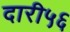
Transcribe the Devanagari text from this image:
दारी५६